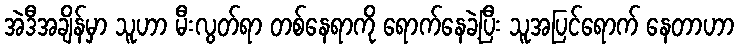
အဲဒီအချိန်မှာ သူဟာ မီးလွတ်ရာ တစ်နေရာကို ရောက်နေခဲ့ပြီး သူအပြင်ရောက် နေတာဟာ